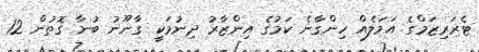
ޓެރަރިޒަމްގެ އަމަލެއް ހިންގާނެ ކަމުގެ އިންޒާރު ދިނުމަކީ ގާނޫނު ބުނާ ގޮތުން 12